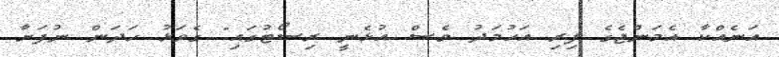
އަނެއްކާ އެމަންޖެގެ ފިރި އަޙުމަދު ވެސް އުޅެނީ ރިސޯޓުގައި" ގެވަޅު ހަދަން ނުފަށާ